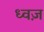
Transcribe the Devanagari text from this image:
ध्वज़